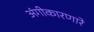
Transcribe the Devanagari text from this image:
अंगीकारणारे